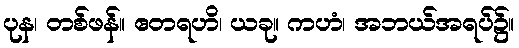
ပုန၊ တစ်ဖန်။ ဧတရဟိ၊ ယခု။ ကဟံ၊ အဘယ်အရပ်၌။